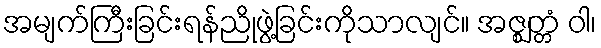
အမျက်ကြီးခြင်းရန်ညိုဖွဲ့ခြင်းကိုသာလျင်။ အဇ္ဈတ္တံ ဝါ၊